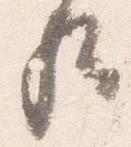
歟